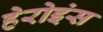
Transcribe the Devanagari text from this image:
हेरोइंस